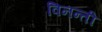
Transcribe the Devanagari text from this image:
विनन्ती